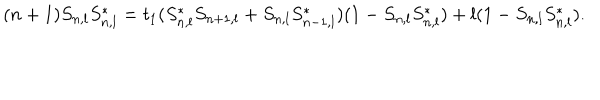
( n + 1 ) S _ { n , l } S _ { n , l } ^ { * } = t _ { 1 } ( S _ { n , l } ^ { * } S _ { n + 1 , l } + S _ { n , l } S _ { n - 1 , l } ^ { * } ) ( 1 - S _ { n , l } S _ { n , l } ^ { * } ) + l ( 1 - S _ { n , l } S _ { n , l } ^ { * } ) .